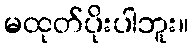
မထုတ်ပိုးပါဘူး။